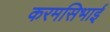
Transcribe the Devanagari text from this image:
करमसिभाई